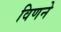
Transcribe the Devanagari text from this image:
विणने